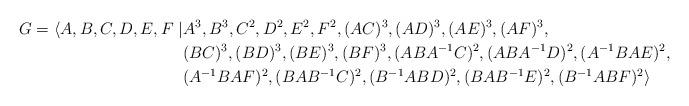
LaTeX: \begin{align*} G = \langle A,B,C,D,E,F \mid & A^3, B^3, C^2, D^2, E^2, F^2, (AC)^3, (AD)^3, (AE)^3, (AF)^3, \\ & (BC)^3, (BD)^3, (BE)^3, (BF)^3, (ABA^{-1}C)^2, (ABA^{-1}D)^2, (A^{-1}BAE)^2, \\ & (A^{-1}BAF)^2, (BAB^{-1}C)^2, (B^{-1}ABD)^2, (BAB^{-1}E)^2, (B^{-1}ABF)^2 \rangle\end{align*}